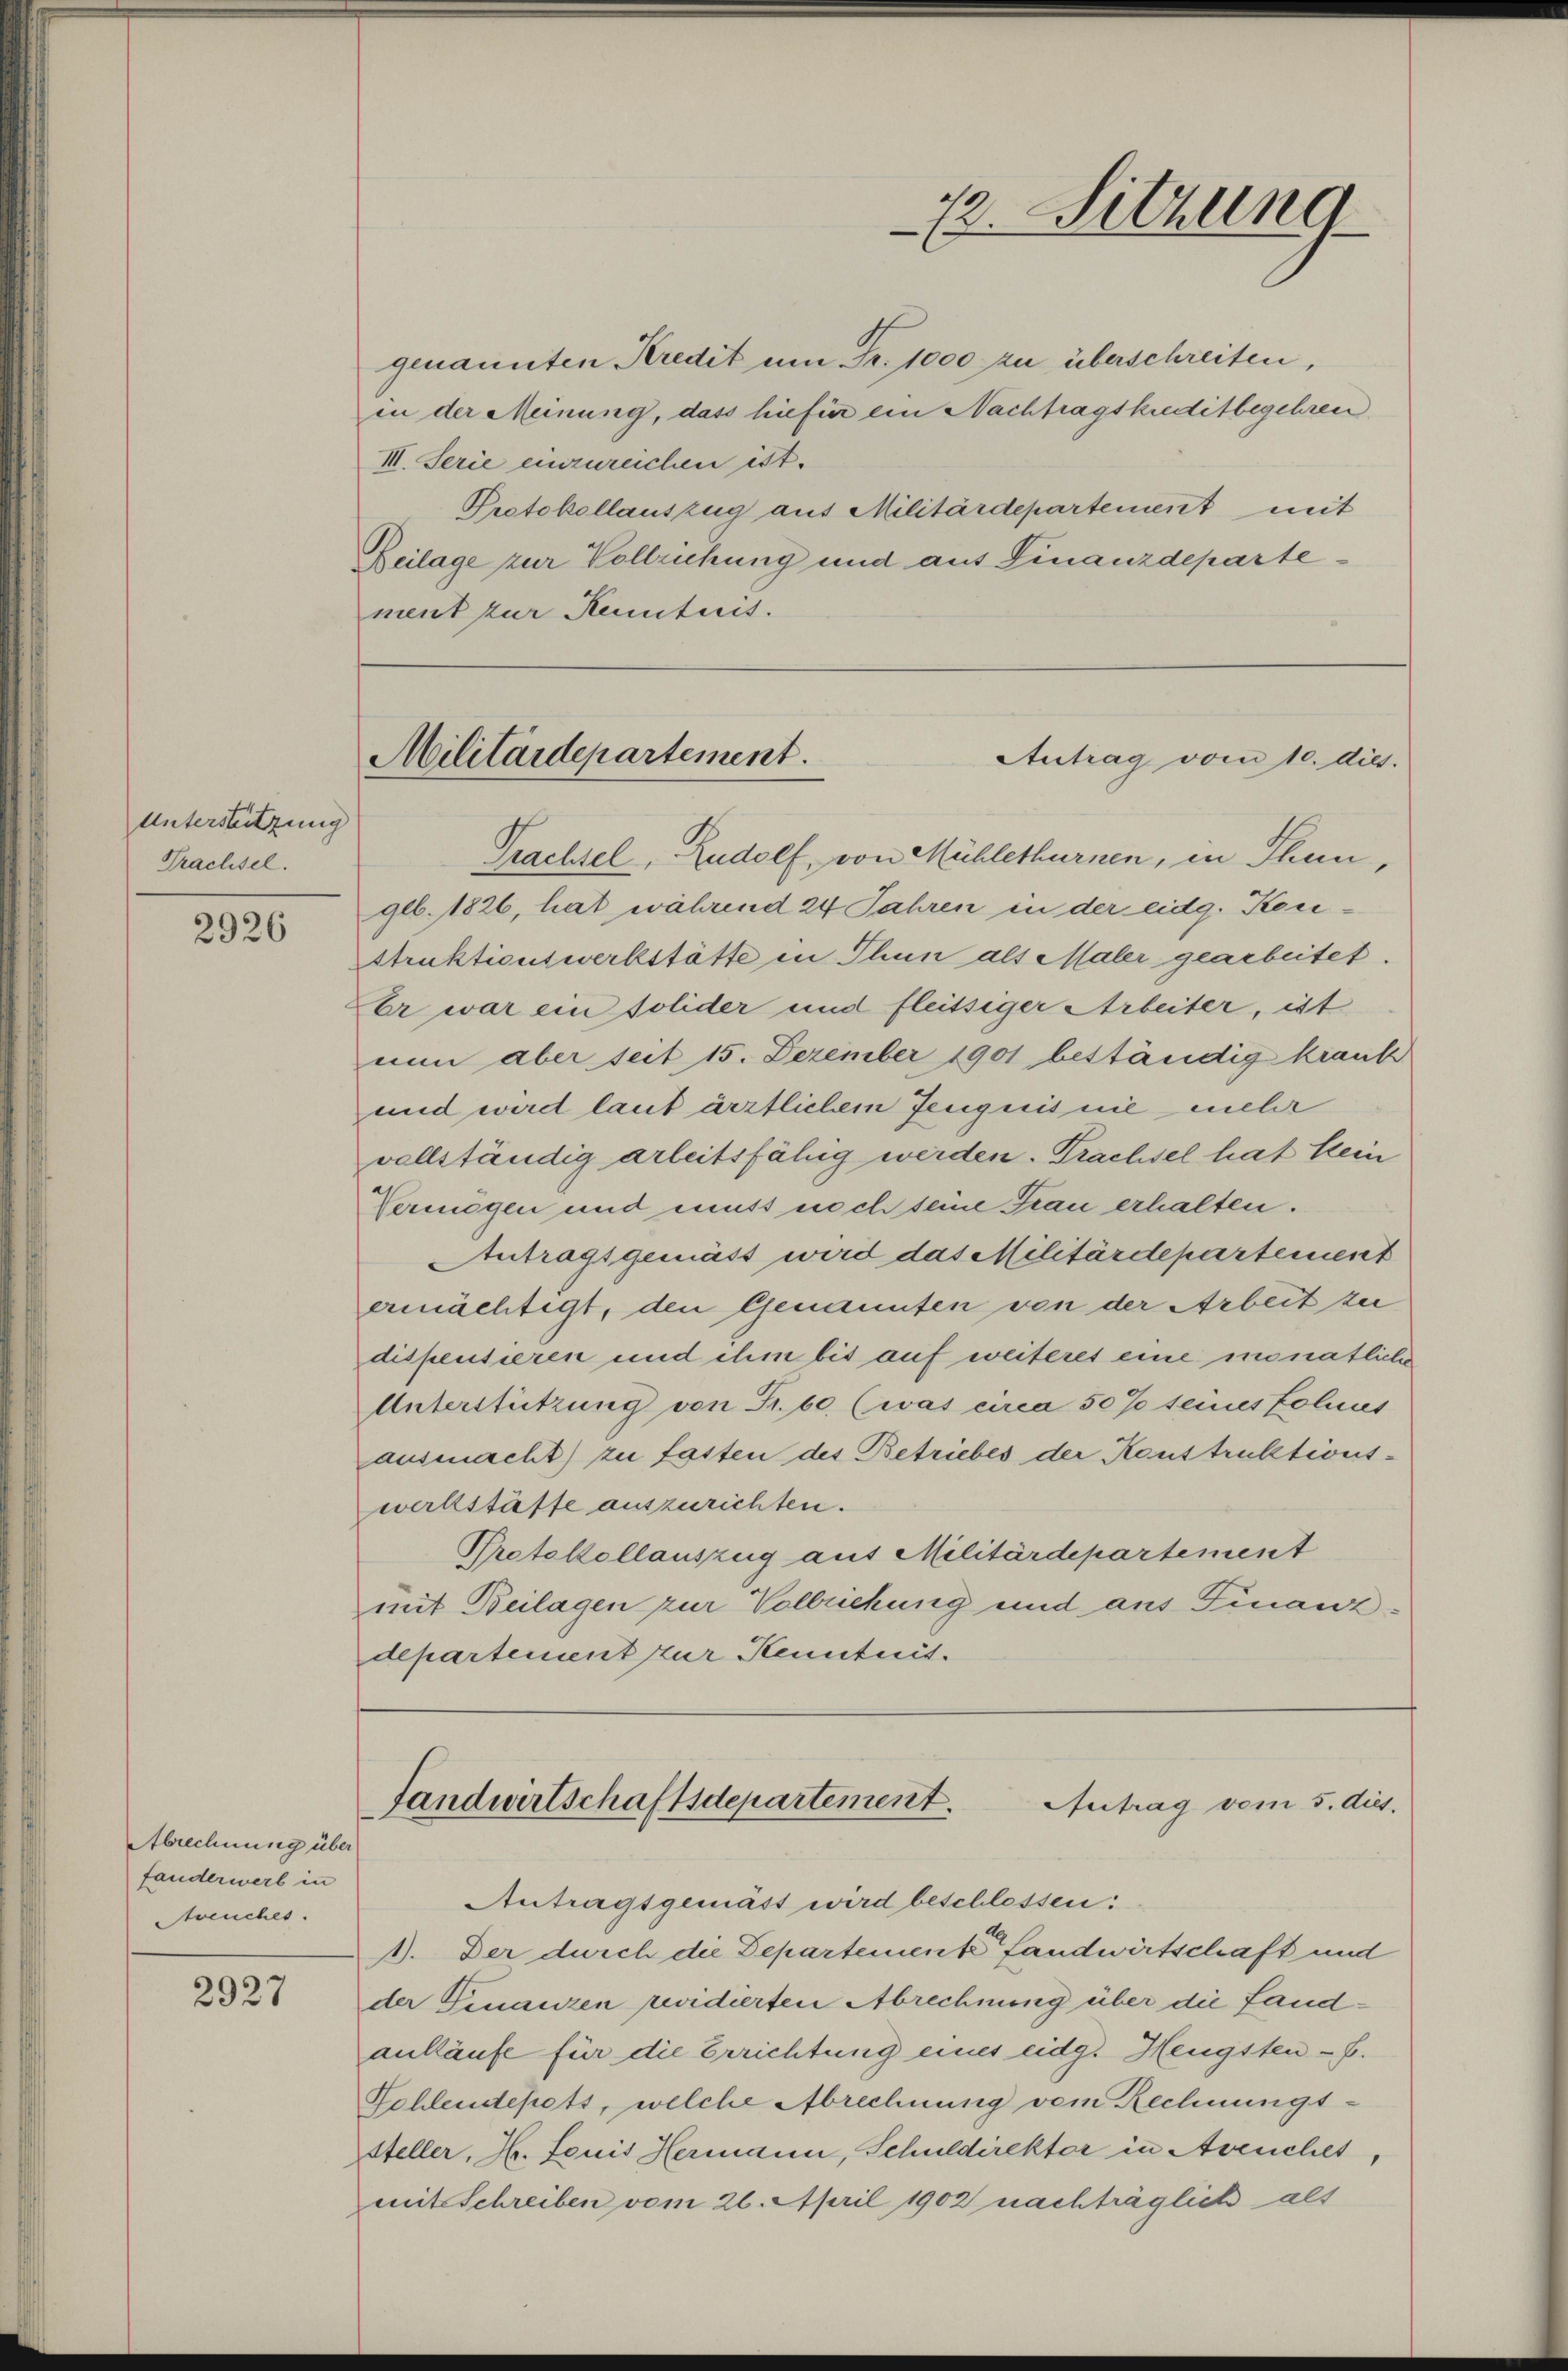
Unterstützung
Trachsel.

2926

Abrechnung über
fanderwerb in
Streuches.

2927

72. Sitzung

genannten Kredit um Fr. 1000 zu überschreiben.
in der Meinung, dass hiefür ein Nachtragskreditbegehren
III. Serie einzureichen ist.
Protokollauszug aus Militärdepartement mit
Beilage zur Vollziehung und aus Finanzdeparte
ment zur Kenntnis.

Militärdepartement.
Antrag vom 10. dies.

Prachtel, Rudolf, von Mühlethurnen, in Thun,
geb. 1826, hat, während 24 Jahren in der eidg. Kon¬
Struktionswerkstätte in Thun als Maler gearbeitet.
Er war ein solider und fleitsiger Arbeiter, ist
nun aber seit 15. Dezember 1901 beständig krank
und wird laut ärztlichem Zeugnis nie mehr
vollständig arbeitsfähig werden. Trachsel hat kein
Vermögen und muss noch seine Frau erhalten.
Antragsgemäss wird das Militärdepartement
ermächtigt, den Genannten von der Arbeit zu
dispensieren und ihm bis auf weiteres eine monatliche
Unterstützung von Sibe, (was circa 50% seines folnis
ausmacht) zu fasten des Betriebes der Konstruktions-
werkstäffe auszurichten.
Protokollauszug aus Militärdepartement
mit Beilagen zur Vollziehung und aus Finanzdepartement zur Kenntnis.

Landwirtschaftsdepartement.
Autrag vom 5. ds.
Antragsgemäss wird beschlossen:
1). Der durch die Departemente Landwirtschaft und

der Finanzen revidierten Abrechnung über die Landankäufe für die Errichtung eines eidg. Hengsten - F.
Schleidepets, welche Abrechnung vom Rechnungssteller, Hr. Louis Hermann, Schuldirektor in Avenchet,
mit Schreiben vom 26. April 1902 nachträglich als